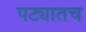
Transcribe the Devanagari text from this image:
पट्यातच